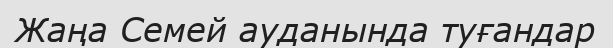
Жаңа Семей ауданында туғандар